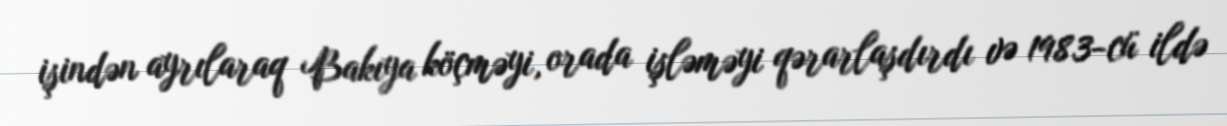
işindən ayrılaraq Bakıya köçməyi, orada işləməyi qərarlaşdırdı və 1983-cü ildə